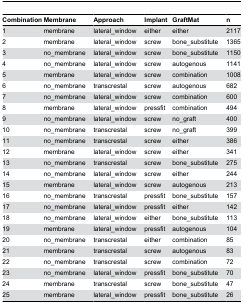
| Combination | Membrane | Approach | Implant | GraftMat | n |
 | --- | --- | --- | --- | --- | --- |
 | 1 | membrane | lateral_window | either | either | 2117 |
 | 2 | membrane | lateral_window | screw | bone_substitute | 1365 |
 | 3 | no_membrane | lateral_window | screw | bone_substitute | 1150 |
 | 4 | no_membrane | lateral_window | screw | autogenous | 1141 |
 | 5 | membrane | lateral_window | screw | combination | 1008 |
 | 6 | no_membrane | transcrestal | screw | autogenous | 682 |
 | 7 | no_membrane | lateral_window | screw | combination | 600 |
 | 8 | membrane | lateral_window | pressfit | combination | 494 |
 | 9 | no_membrane | lateral_window | screw | no_graft | 400 |
 | 10 | no_membrane | transcrestal | screw | no_graft | 399 |
 | 11 | no_membrane | transcrestal | screw | either | 386 |
 | 12 | membrane | lateral_window | screw | either | 341 |
 | 13 | no_membrane | transcrestal | screw | bone_substitute | 275 |
 | 14 | no_membrane | lateral_window | screw | either | 244 |
 | 15 | membrane | lateral_window | screw | autogenous | 213 |
 | 16 | no_membrane | transcrestal | pressfit | bone_substitute | 157 |
 | 17 | no_membrane | lateral_window | pressfit | either | 142 |
 | 18 | no_membrane | lateral_window | either | bone_substitute | 113 |
 | 19 | membrane | lateral_window | pressfit | autogenous | 104 |
 | 20 | no_membrane | transcrestal | either | combination | 85 |
 | 21 | membrane | transcrestal | screw | autogenous | 83 |
 | 22 | no_membrane | transcrestal | screw | combination | 72 |
 | 23 | no_membrane | lateral_window | pressfit | bone_substitute | 70 |
 | 24 | membrane | transcrestal | screw | bone_substitute | 47 |
 | 25 | membrane | lateral_window | pressfit | bone_substitute | 26 |